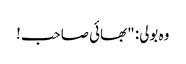
وہ بولی: "بھائی صاحب!